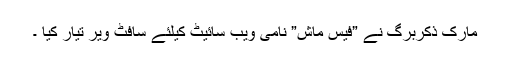
مارک ذکربرگ نے ”فیس ماش” نامی ویب سائیٹ کیلئے سافٹ ویر تیار کیا ۔